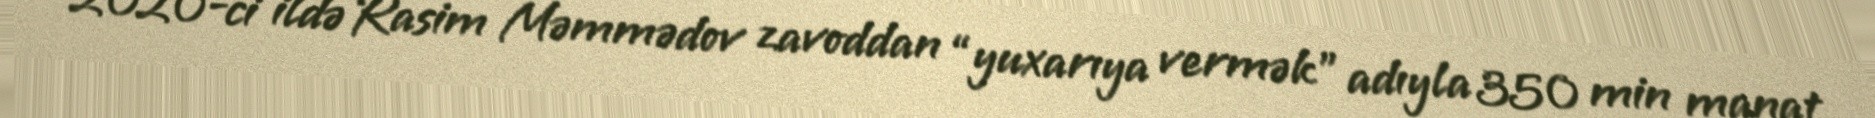
2020-ci ildə Rasim Məmmədov zavoddan “yuxarıya vermək” adıyla 350 min manat